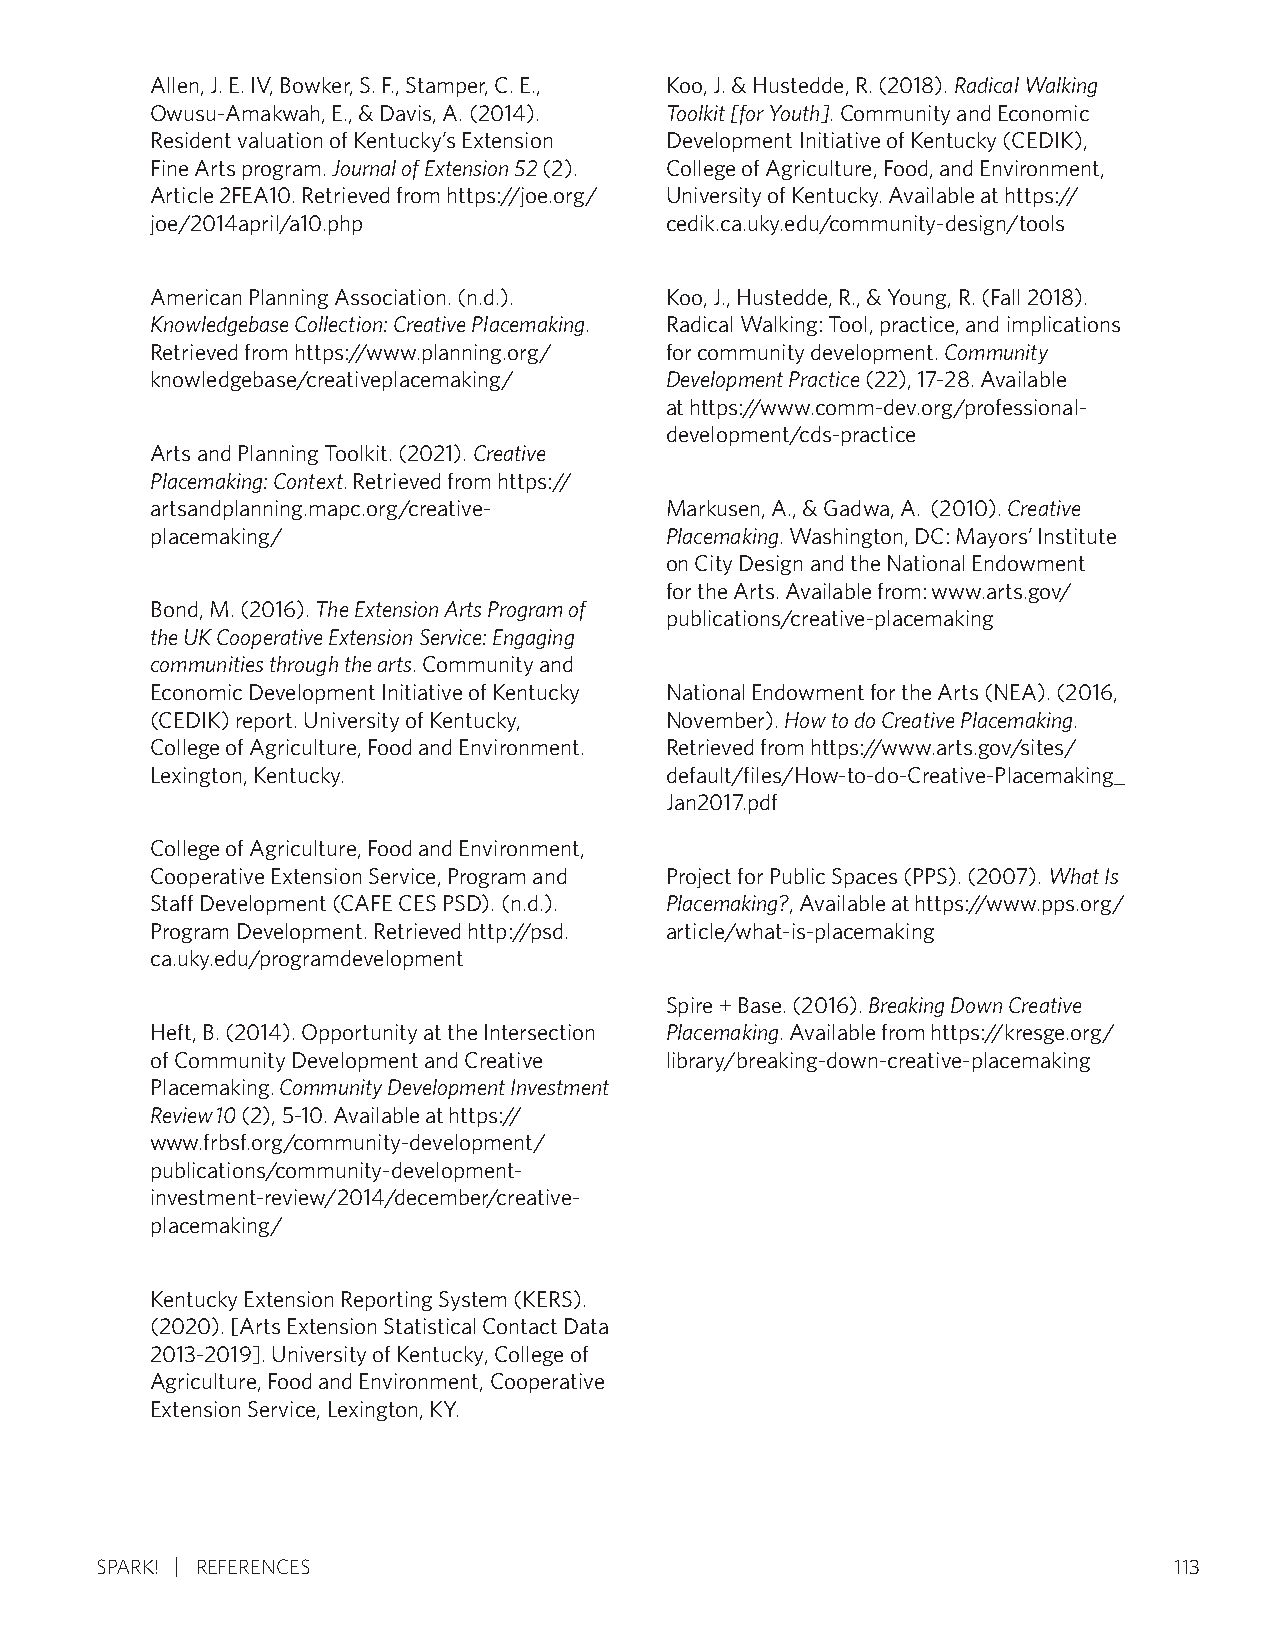
Allen, J. E. IV, Bowker, S. F., Stamper, C. E., Koo, J. & Hustedde, R. (2018). Radical Walking
 Owusu-Amakwah, E., & Davis, A. (2014). Toolkit [for Youth]. Community and Economic
 Resident valuation of Kentucky’s Extension Development Initiative of Kentucky (CEDIK),
 Fine Arts program. Journal of Extension 52 (2). College of Agriculture, Food, and Environment,
 Article 2FEA10. Retrieved from https://joe.org/ University of Kentucky. Available at https://
 joe/2014april/a10.php             cedik.ca.uky.edu/community-design/tools
 American Planning Association. (n.d.). Koo, J., Hustedde, R., & Young, R. (Fall 2018).
 Knowledgebase Collection: Creative Placemaking. Radical Walking: Tool, practice, and implications
 Retrieved from https://www.planning.org/ for community development. Community
 knowledgebase/creativeplacemaking/ Development Practice (22), 17-28. Available
 at https://www.comm-dev.org/professional-
 development/cds-practice
 Arts and Planning Toolkit. (2021). Creative
 Placemaking: Context. Retrieved from https://
 artsandplanning.mapc.org/creative- Markusen, A., & Gadwa, A. (2010). Creative
 placemaking/                      Placemaking. Washington, DC: Mayors’ Institute
 on City Design and the National Endowment
 for the Arts. Available from: www.arts.gov/
 Bond, M. (2016). The Extension Arts Program of
 publications/creative-placemaking
 the UK Cooperative Extension Service: Engaging
 communities through the arts. Community and
 Economic Development Initiative of Kentucky National Endowment for the Arts (NEA). (2016,
 (CEDIK) report. University of Kentucky, November). How to do Creative Placemaking.
 College of Agriculture, Food and Environment. Retrieved from https://www.arts.gov/sites/
 Lexington, Kentucky.              default/files/How-to-do-Creative-Placemaking_
 Jan2017.pdf
 College of Agriculture, Food and Environment,
 Cooperative Extension Service, Program and Project for Public Spaces (PPS). (2007). What Is
 Staff Development (CAFE CES PSD). (n.d.). Placemaking?, Available at https://www.pps.org/
 Program Development. Retrieved http://psd. article/what-is-placemaking
 ca.uky.edu/programdevelopment
 Spire + Base. (2016). Breaking Down Creative
 Heft, B. (2014). Opportunity at the Intersection Placemaking. Available from https://kresge.org/
 of Community Development and Creative library/breaking-down-creative-placemaking
 Placemaking. Community Development Investment
 Review 10 (2), 5-10. Available at https://
 www.frbsf.org/community-development/
 publications/community-development-
 investment-review/2014/december/creative-
 placemaking/
 Kentucky Extension Reporting System (KERS).
 (2020). [Arts Extension Statistical Contact Data
 2013-2019]. University of Kentucky, College of
 Agriculture, Food and Environment, Cooperative
 Extension Service, Lexington, KY.
 SPARK! REFERENCES                                                       113